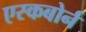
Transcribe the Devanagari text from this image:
एस्कबोर्न